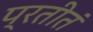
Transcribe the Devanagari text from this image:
प्रतीतं